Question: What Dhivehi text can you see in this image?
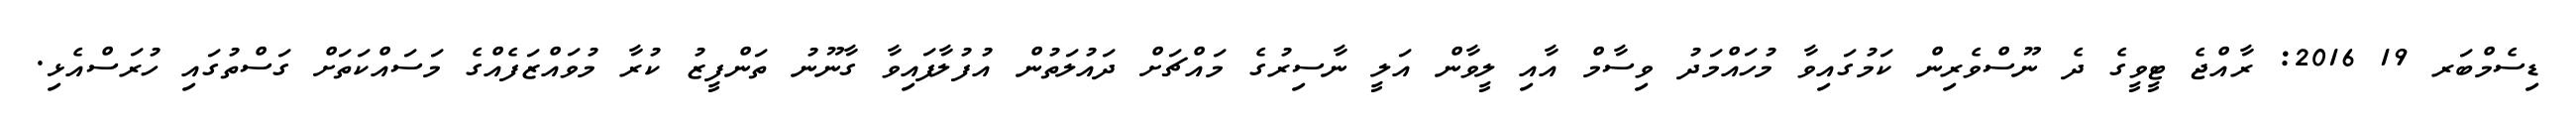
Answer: ޑިސެމްބަރ 19 2016: ރާއްޖެ ޓީވީގެ ދެ ނޫސްވެރިން ކަމުގައިވާ މުހައްމަދު ވިސާމް އާއި ލީވާން އަލީ ނާސިރުގެ މައްޗަށް ދައުލަތުން އުފުލާފައިވާ ގާނޫނު ތަންފީޒު ކުރާ މުވައްޒަފެއްގެ މަސައްކަތަށް ގަސްތުގައި ހުރަސްއެޅި.